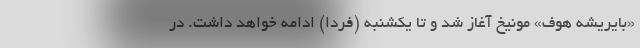
«بایریشه هوف» مونیخ آغاز شد و تا یکشنبه (فردا) ادامه خواهد داشت. در